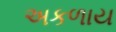
અકળાય